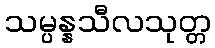
သမ္ပန္နသီလသုတ္တ